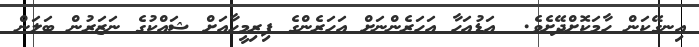
އިނގޭކަން ހާމަކޮށްދޭށެވެ.  އަޑުއަހާ އަހަރެންނަށް އަހަރެންގެ ފިރިމީހާއަށް ޝައްކުގެ ނަޒަރުން ބަލަން